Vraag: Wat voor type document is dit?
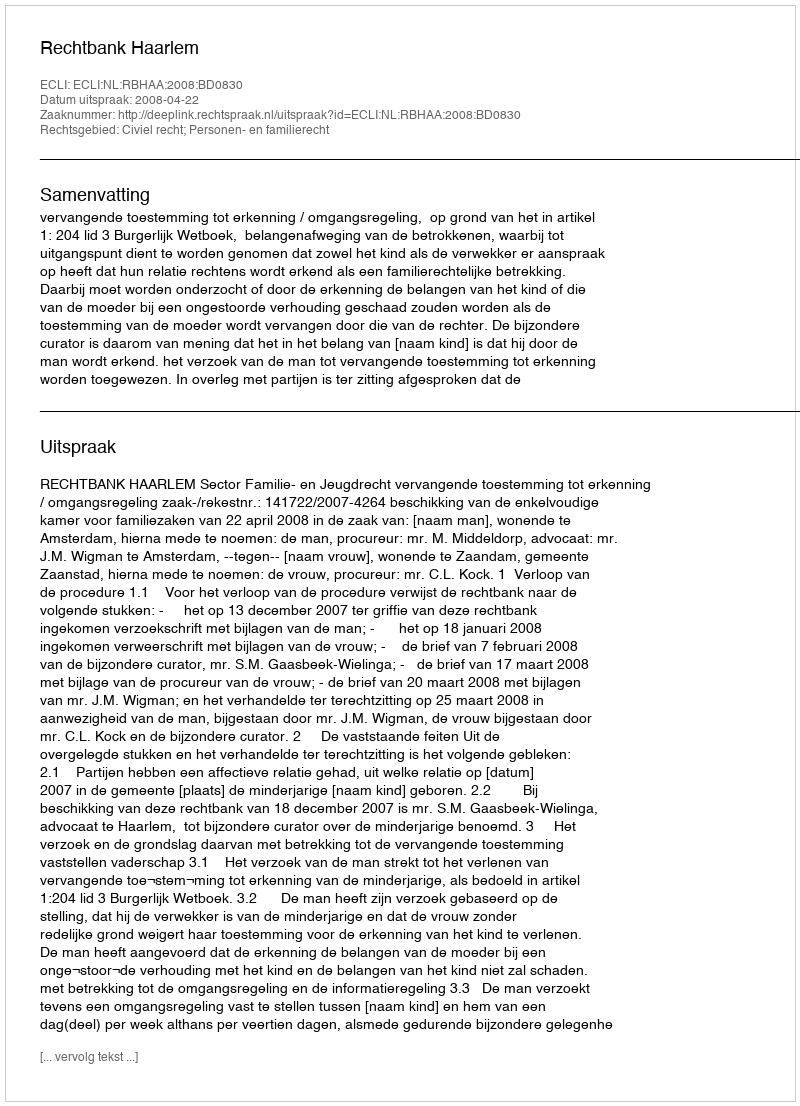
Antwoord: Uitspraak